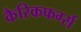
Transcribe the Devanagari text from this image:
कैरिकफर्ग्स